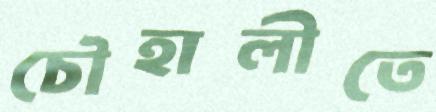
চৌহালীতে